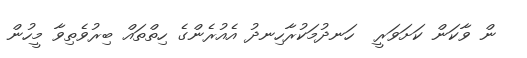
ން ވާކަން ކަށަވަރީ  ހަނދުމަކުރާހިނދު އެއުރެންގެ ހިތްތައް ބިރުވެތިވާ މީހުން